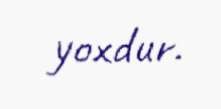
yoxdur.